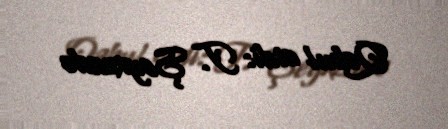
Qəbul etdi: T. Şeyxzadə